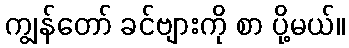
ကျွန်တော် ခင်ဗျားကို စာ ပို့မယ်။